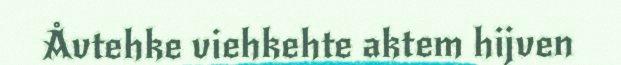
Åvtehke viehkehte aktem hijven